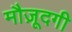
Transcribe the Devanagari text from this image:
मौज़ूदगी